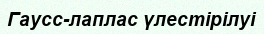
Гаусс-лаплас үлестірілуі